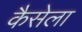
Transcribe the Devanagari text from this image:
कैसेला